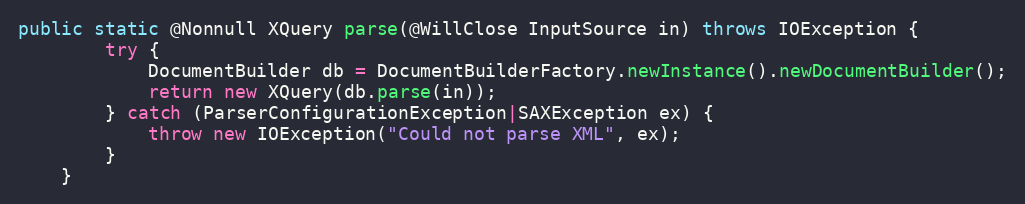
Language: Java
public static @Nonnull XQuery parse(@WillClose InputSource in) throws IOException {
        try {
            DocumentBuilder db = DocumentBuilderFactory.newInstance().newDocumentBuilder();
            return new XQuery(db.parse(in));
        } catch (ParserConfigurationException|SAXException ex) {
            throw new IOException("Could not parse XML", ex);
        }
    }